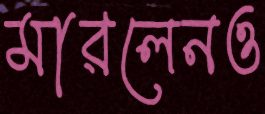
মারলেনও